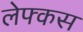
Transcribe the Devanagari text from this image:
लेफ्कस